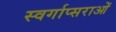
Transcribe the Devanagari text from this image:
स्वर्गाप्सराओं